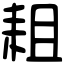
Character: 耝